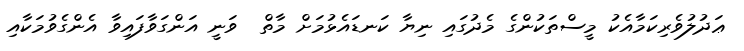
ޢަދުލުވެރިކަމާއެކު މީސްތަކުންގެ މެދުގައި ނިޔާ ކަނޑައެޅުމަށް މާތް  ވަނީ އަންގަވާފައިވާ އެންގެވުމަކާއި